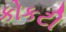
કોકટી